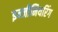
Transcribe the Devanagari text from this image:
इन्‍जीनियरिंग